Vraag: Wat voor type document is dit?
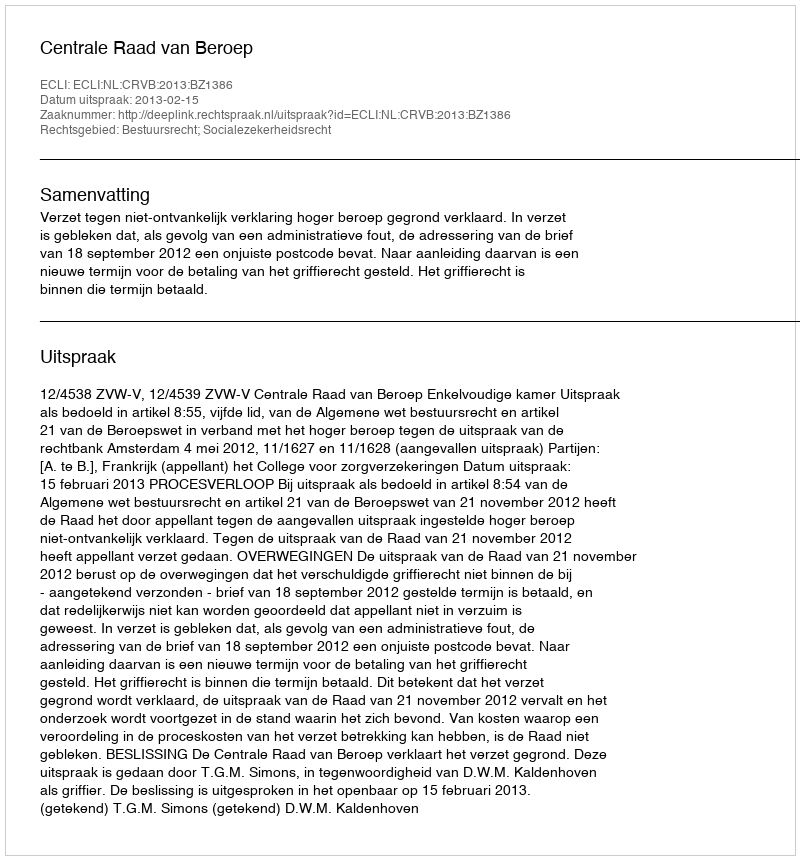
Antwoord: Uitspraak